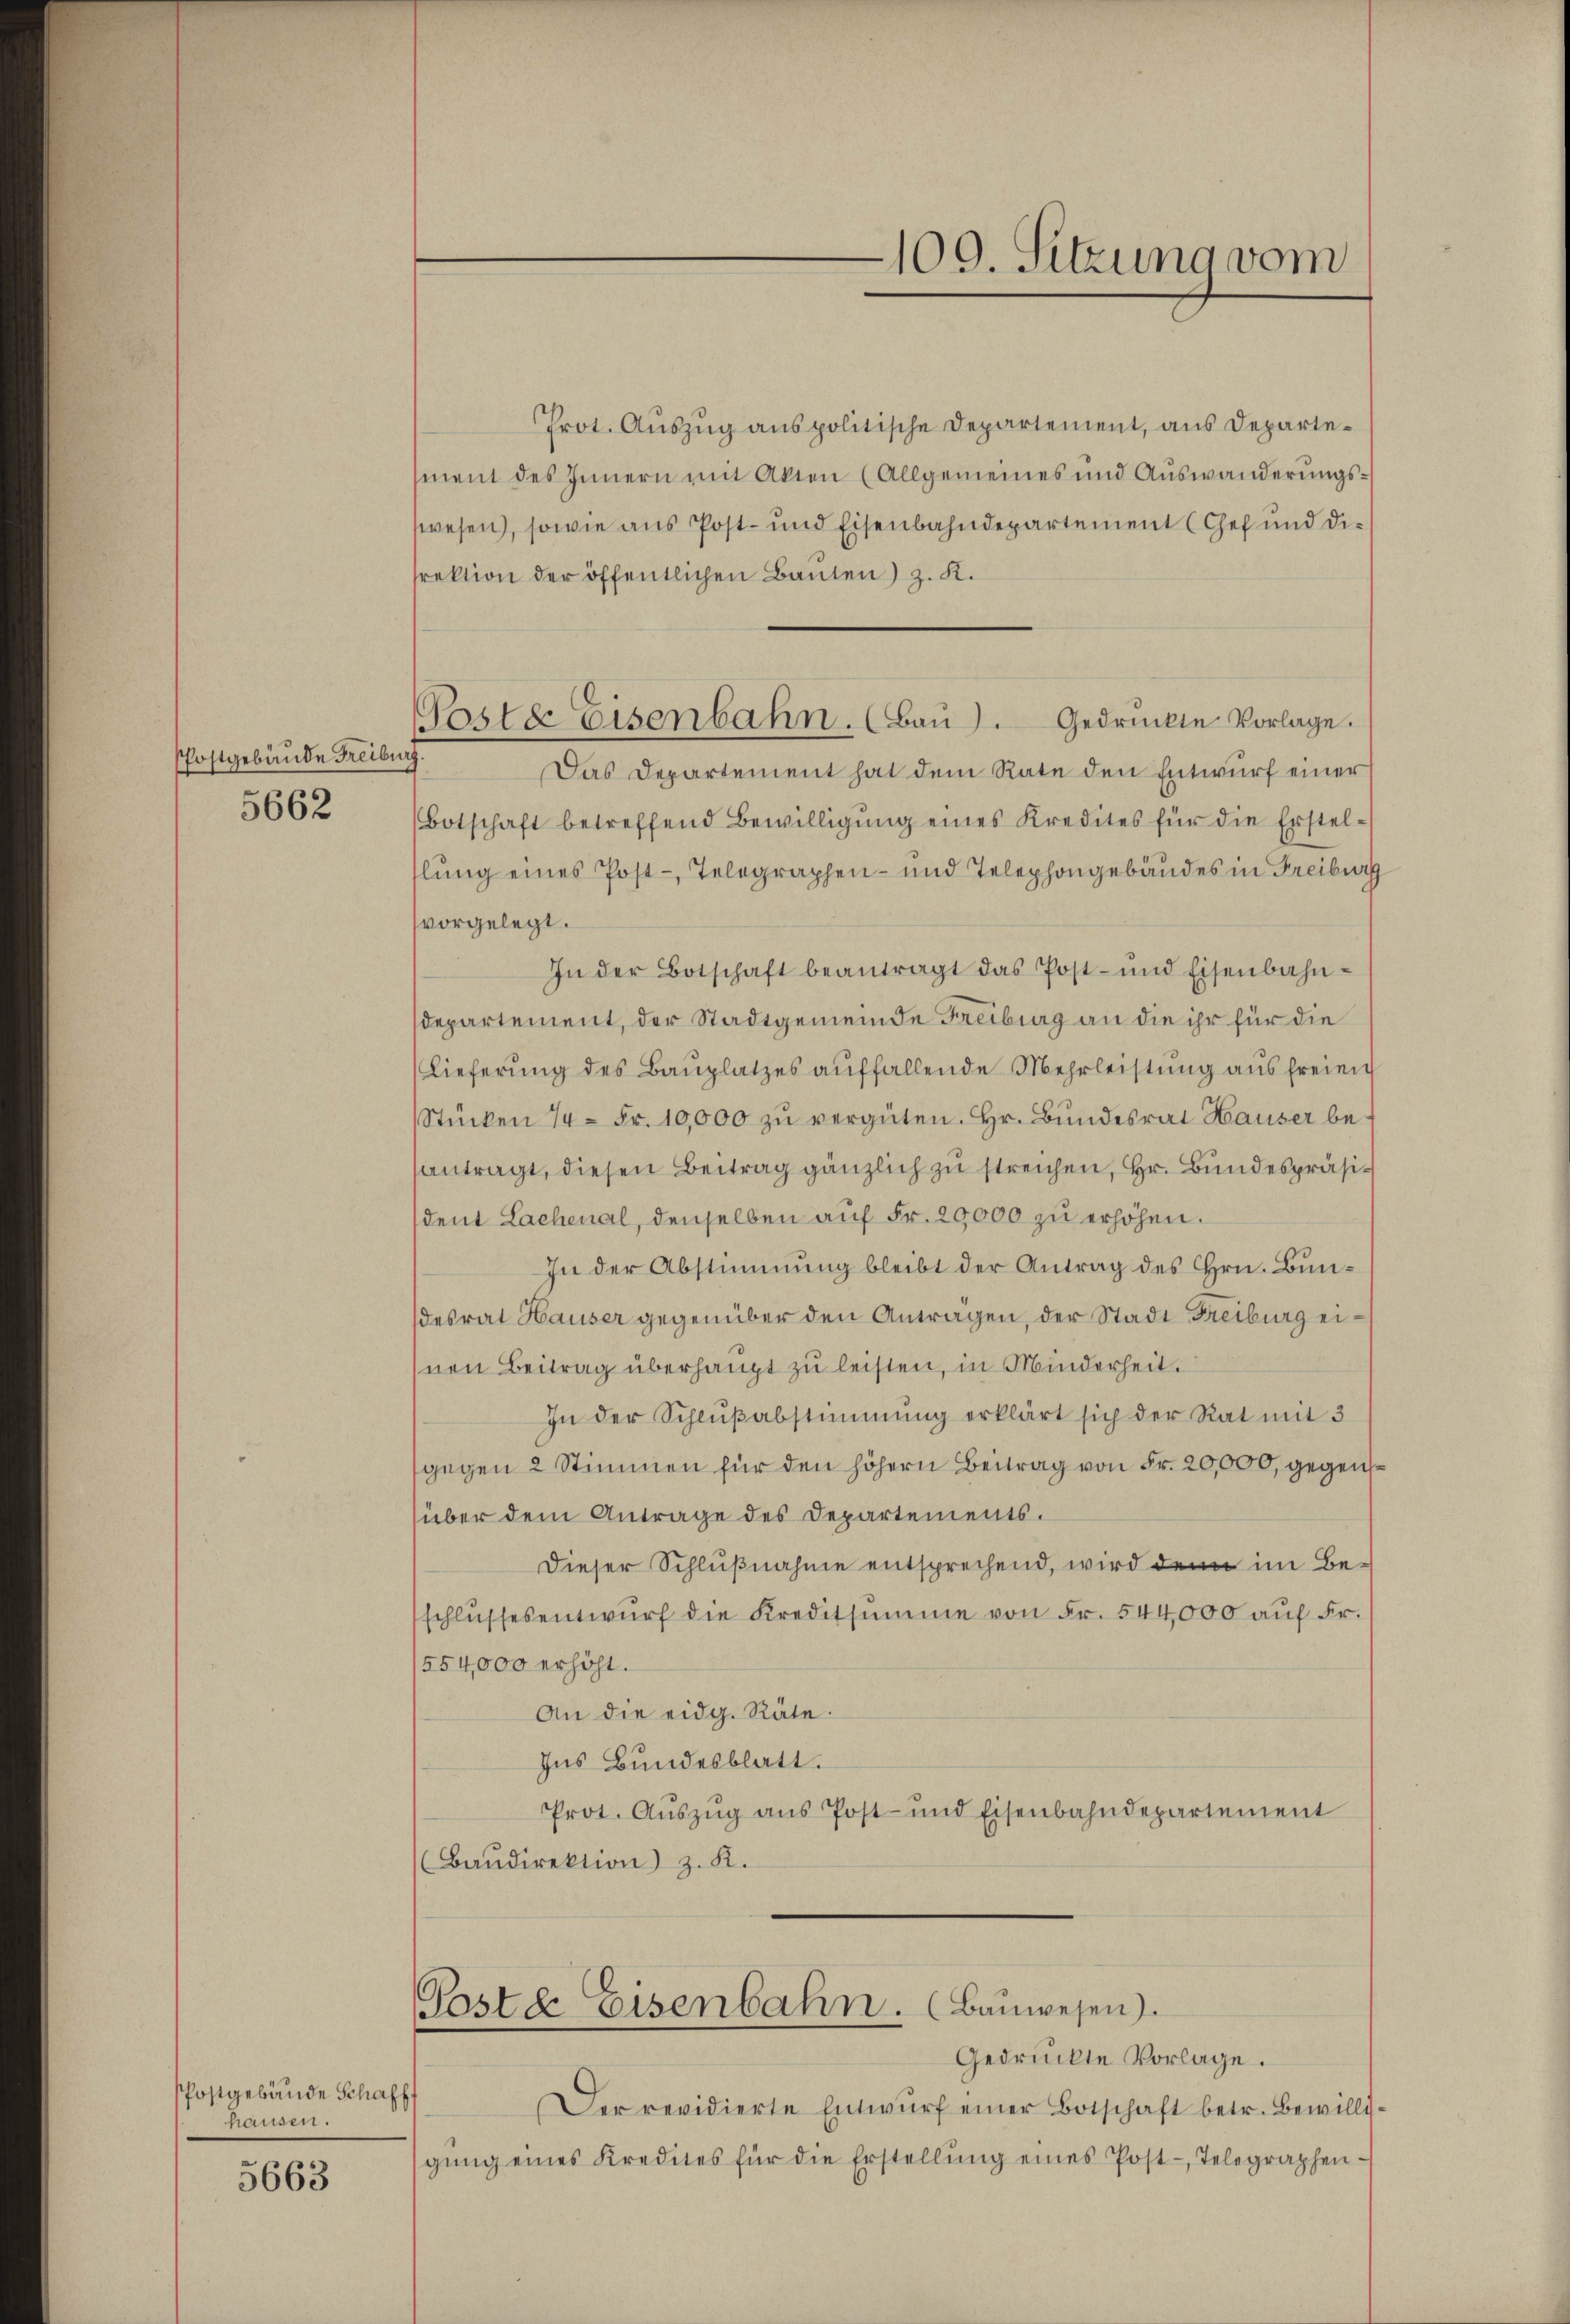
Phostgebäude Freiburg
5662

Postgebäude Schaff
hausen.

5663

Geste Eisenbahn. (Baŭ). Gedrückte Vorlage.

Prot. Auszug aus politische Departement, aus Departement des Innern mit Akten (Allgemeines und Aŭswanderŭngs-
swesen, sowie aus Post- und Eisenbahndepartement (Gef und die
srektion der öffentlichen Bauten) z. K.
Das Departement hat dem Rate den Entwurf einer
Botschaft betreffend Bewilligŭng eines Kredites für die Erstel-
llung eines Post-Telegraphen- und Telephongebäudes in Freiburg
vorgelegt.
In der Botschaft beantragt das Post- und Eisenbahndepartement, der Stadtgemeinde Freiburg an die ihr für die
(Lieferŭng des Baŭplatzes aŭffallende Mehrleistŭng aus freien
Stücken 14. Fr. 10,000 zŭ vergüten. Hr. Bŭndesrat Hauser be-
antragt, diesen Beitrag gänzlich zu streichen, Hr. Bundespräsisdent Lachenal, denselben auf Fr. 29,000 zu erhöhen.
In der Abstimmung bleibt der Antrag des Hrn. Bundesrat Hauser gegenüber den Antragen, der Stadt Freiburg eihnen Beitrag überhaupt zu leisten, in Minderheit.
In der Schlŭβabstimmung erklärt sich der Rat mit 3
sgegen 2 Stimmen für den höhern Beitrag von Fr. 20,000, gegensüber dem Antrage des Departements.
Dieser Schlußnahme entsprechend, wird denn im Beschlŭssesentwŭrf die Kreditsumme von Fr. 544,000 auf Fr.
1554,000 erhöht.
An die eidg. Räte.
Ins Bundesblatt.
Prot. Aŭszŭg ans Post- und Eisenbahndepartement
Baŭdirektion z. R.
Paste Eisenbahn. (Bauwesen).
Gedrückte Vorlage.
Der revidierte Entwŭrf einer Botschaft betr. Bewilligŭng eines Kredites für die Erstellŭng eines Post-Telegraphen-

109. Sitzung vom